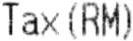
TAX(RM)